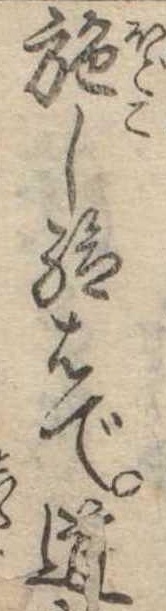
施し給はで道